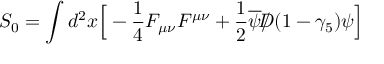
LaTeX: S _ { 0 } = \int d ^ { 2 } x \Big [ - { \frac { 1 } { 4 } } F _ { \mu \nu } F ^ { \mu \nu } + { \frac { 1 } { 2 } } \overline { { \psi } } { \slash \! \! \! \! D } ( 1 - \gamma _ { 5 } ) \psi \Big ]